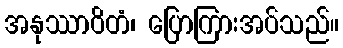
အနုဿာဝိတံ၊ ပြောကြားအပ်သည်။